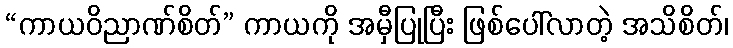
“ကာယဝိညာဏ်စိတ်” ကာယကို အမှီပြုပြီး ဖြစ်ပေါ်လာတဲ့ အသိစိတ်၊